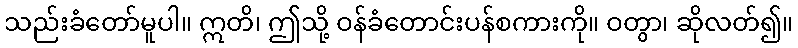
သည်းခံတော်မူပါ။ ဣတိ၊ ဤသို့ ဝန်ခံတောင်းပန်စကားကို။ ဝတွာ၊ ဆိုလတ်၍။